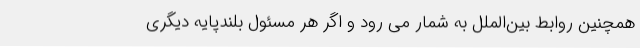
همچنین روابط بین‌الملل به شمار می رود و اگر هر مسئول بلندپایه دیگری